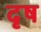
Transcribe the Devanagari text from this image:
दृष